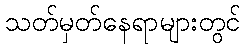
သတ်မှတ်နေရာများတွင်